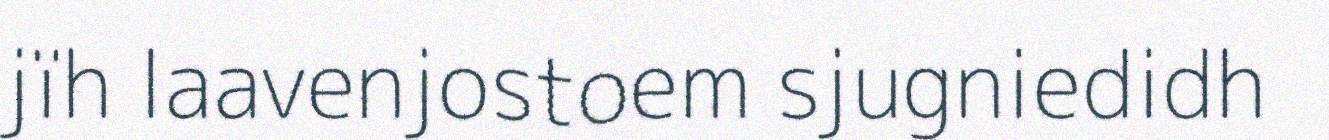
jïh laavenjostoem sjugniedidh